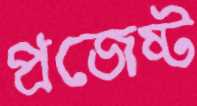
প্রজেষ্ট